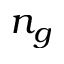
n _ { g }